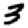
Digit: 3